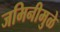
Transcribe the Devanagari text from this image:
जमिनीमुळे